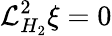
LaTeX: \mathcal{L}_{H_{2}}^{2}\xi=0